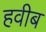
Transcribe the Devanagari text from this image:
हवीब